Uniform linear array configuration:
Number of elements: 16
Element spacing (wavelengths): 0.25
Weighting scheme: blackman
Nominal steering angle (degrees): -15
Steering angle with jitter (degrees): -14.007
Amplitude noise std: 0.05
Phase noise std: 0.05

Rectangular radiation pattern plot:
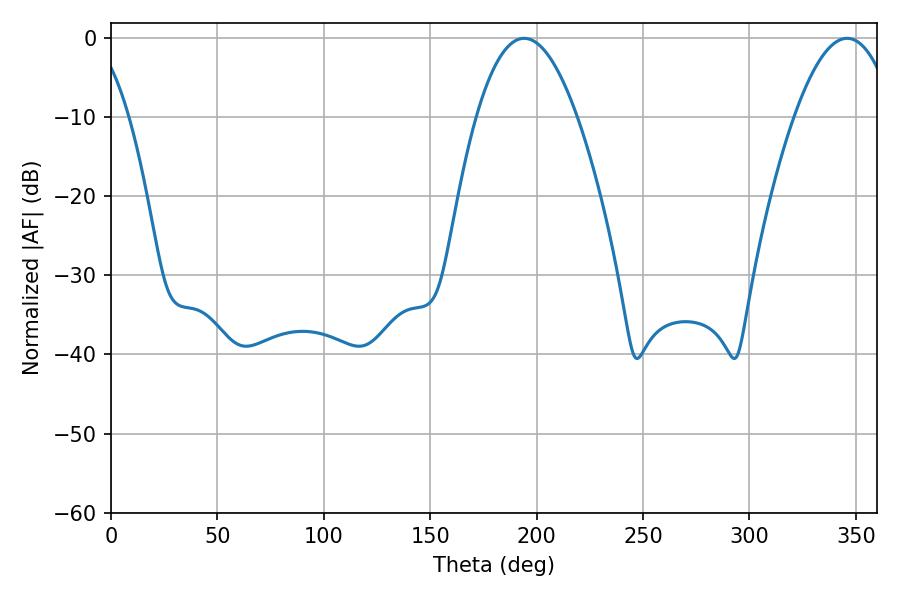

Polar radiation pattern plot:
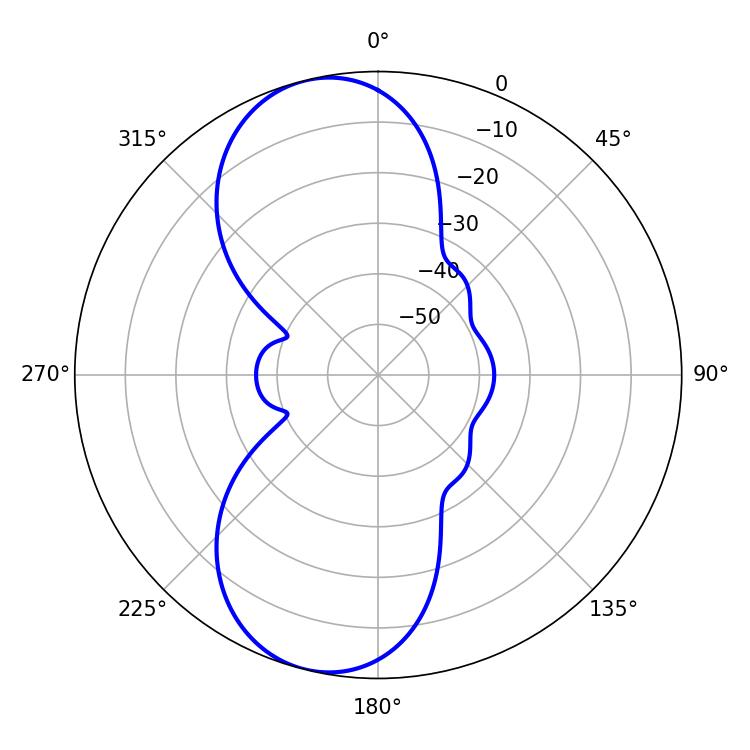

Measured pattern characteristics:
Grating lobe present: FALSE
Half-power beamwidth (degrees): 26.1
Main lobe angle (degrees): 194.04